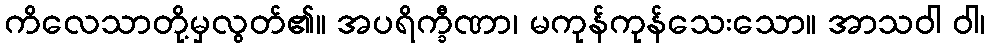
ကိလေသာတို့မှလွတ်၏။ အပရိက္ခီဏာ၊ မကုန်ကုန်သေးသော။ အာသဝါ ဝါ၊